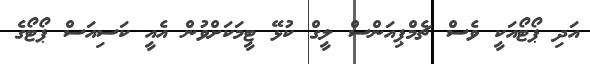
އަދި ޕޯޓޯއަކީ ވެސް ޗެމްޕިއަންސް ލީގް ކުޅޭ ޓީމަކަށްވުން އެއީ ކަސިއަސް ޕޯޓޯގެ